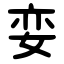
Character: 娈